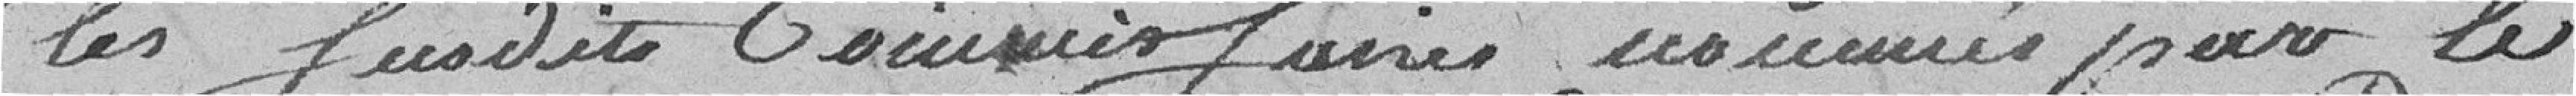
les Susdits Commissaires nommés par le